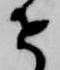
せ